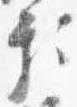
頼